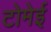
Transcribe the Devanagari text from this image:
टोमेई